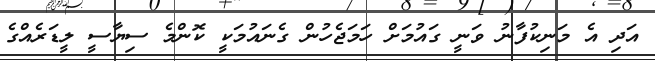
އަދި އެ މަނިކުފާނު ވަނީ ގައުމަށް ހަމަޖެހުން ގެނައުމަކީ ކޮންމެ ސިޔާސީ ލީޑަރެއްގެ